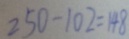
2 5 0 - 1 0 2 = 1 4 8